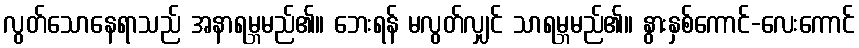
လွတ်သောနေရာသည် အနာရမ္ဘမည်၏။ ဘေးရန် မလွတ်လျှင် သာရမ္ဘမည်၏။ နွားနှစ်ကောင်-လေးကောင်